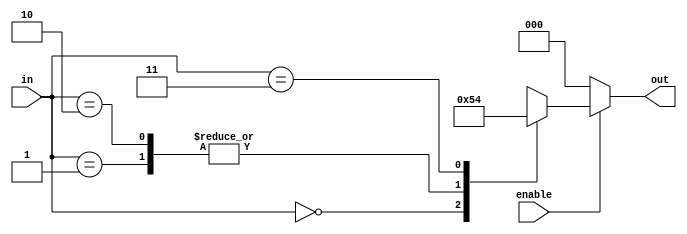
module f2_test_5 (input [1:0] in, input enable, output reg [2:0] out);
always @(in or enable)
    if(!enable)
	    out = 3'b000;
	else begin
	   case (in)
	       2'b00 : out = 3'b001 ;
	       2'b01 : out = 3'b010;
	       2'b10 : out = 3'b010;
	       2'b11 : out = 3'b100;
	    endcase
	end
endmodule